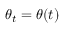
\theta _ { t } = \theta ( t )